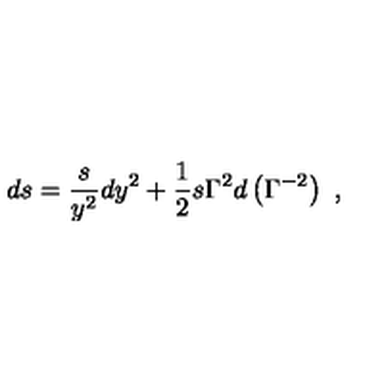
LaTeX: d s = { \frac { s } { y ^ { 2 } } } d y ^ { 2 } + { \frac { 1 } { 2 } } s \Gamma ^ { 2 } d \left( \Gamma ^ { - 2 } \right) \ ,